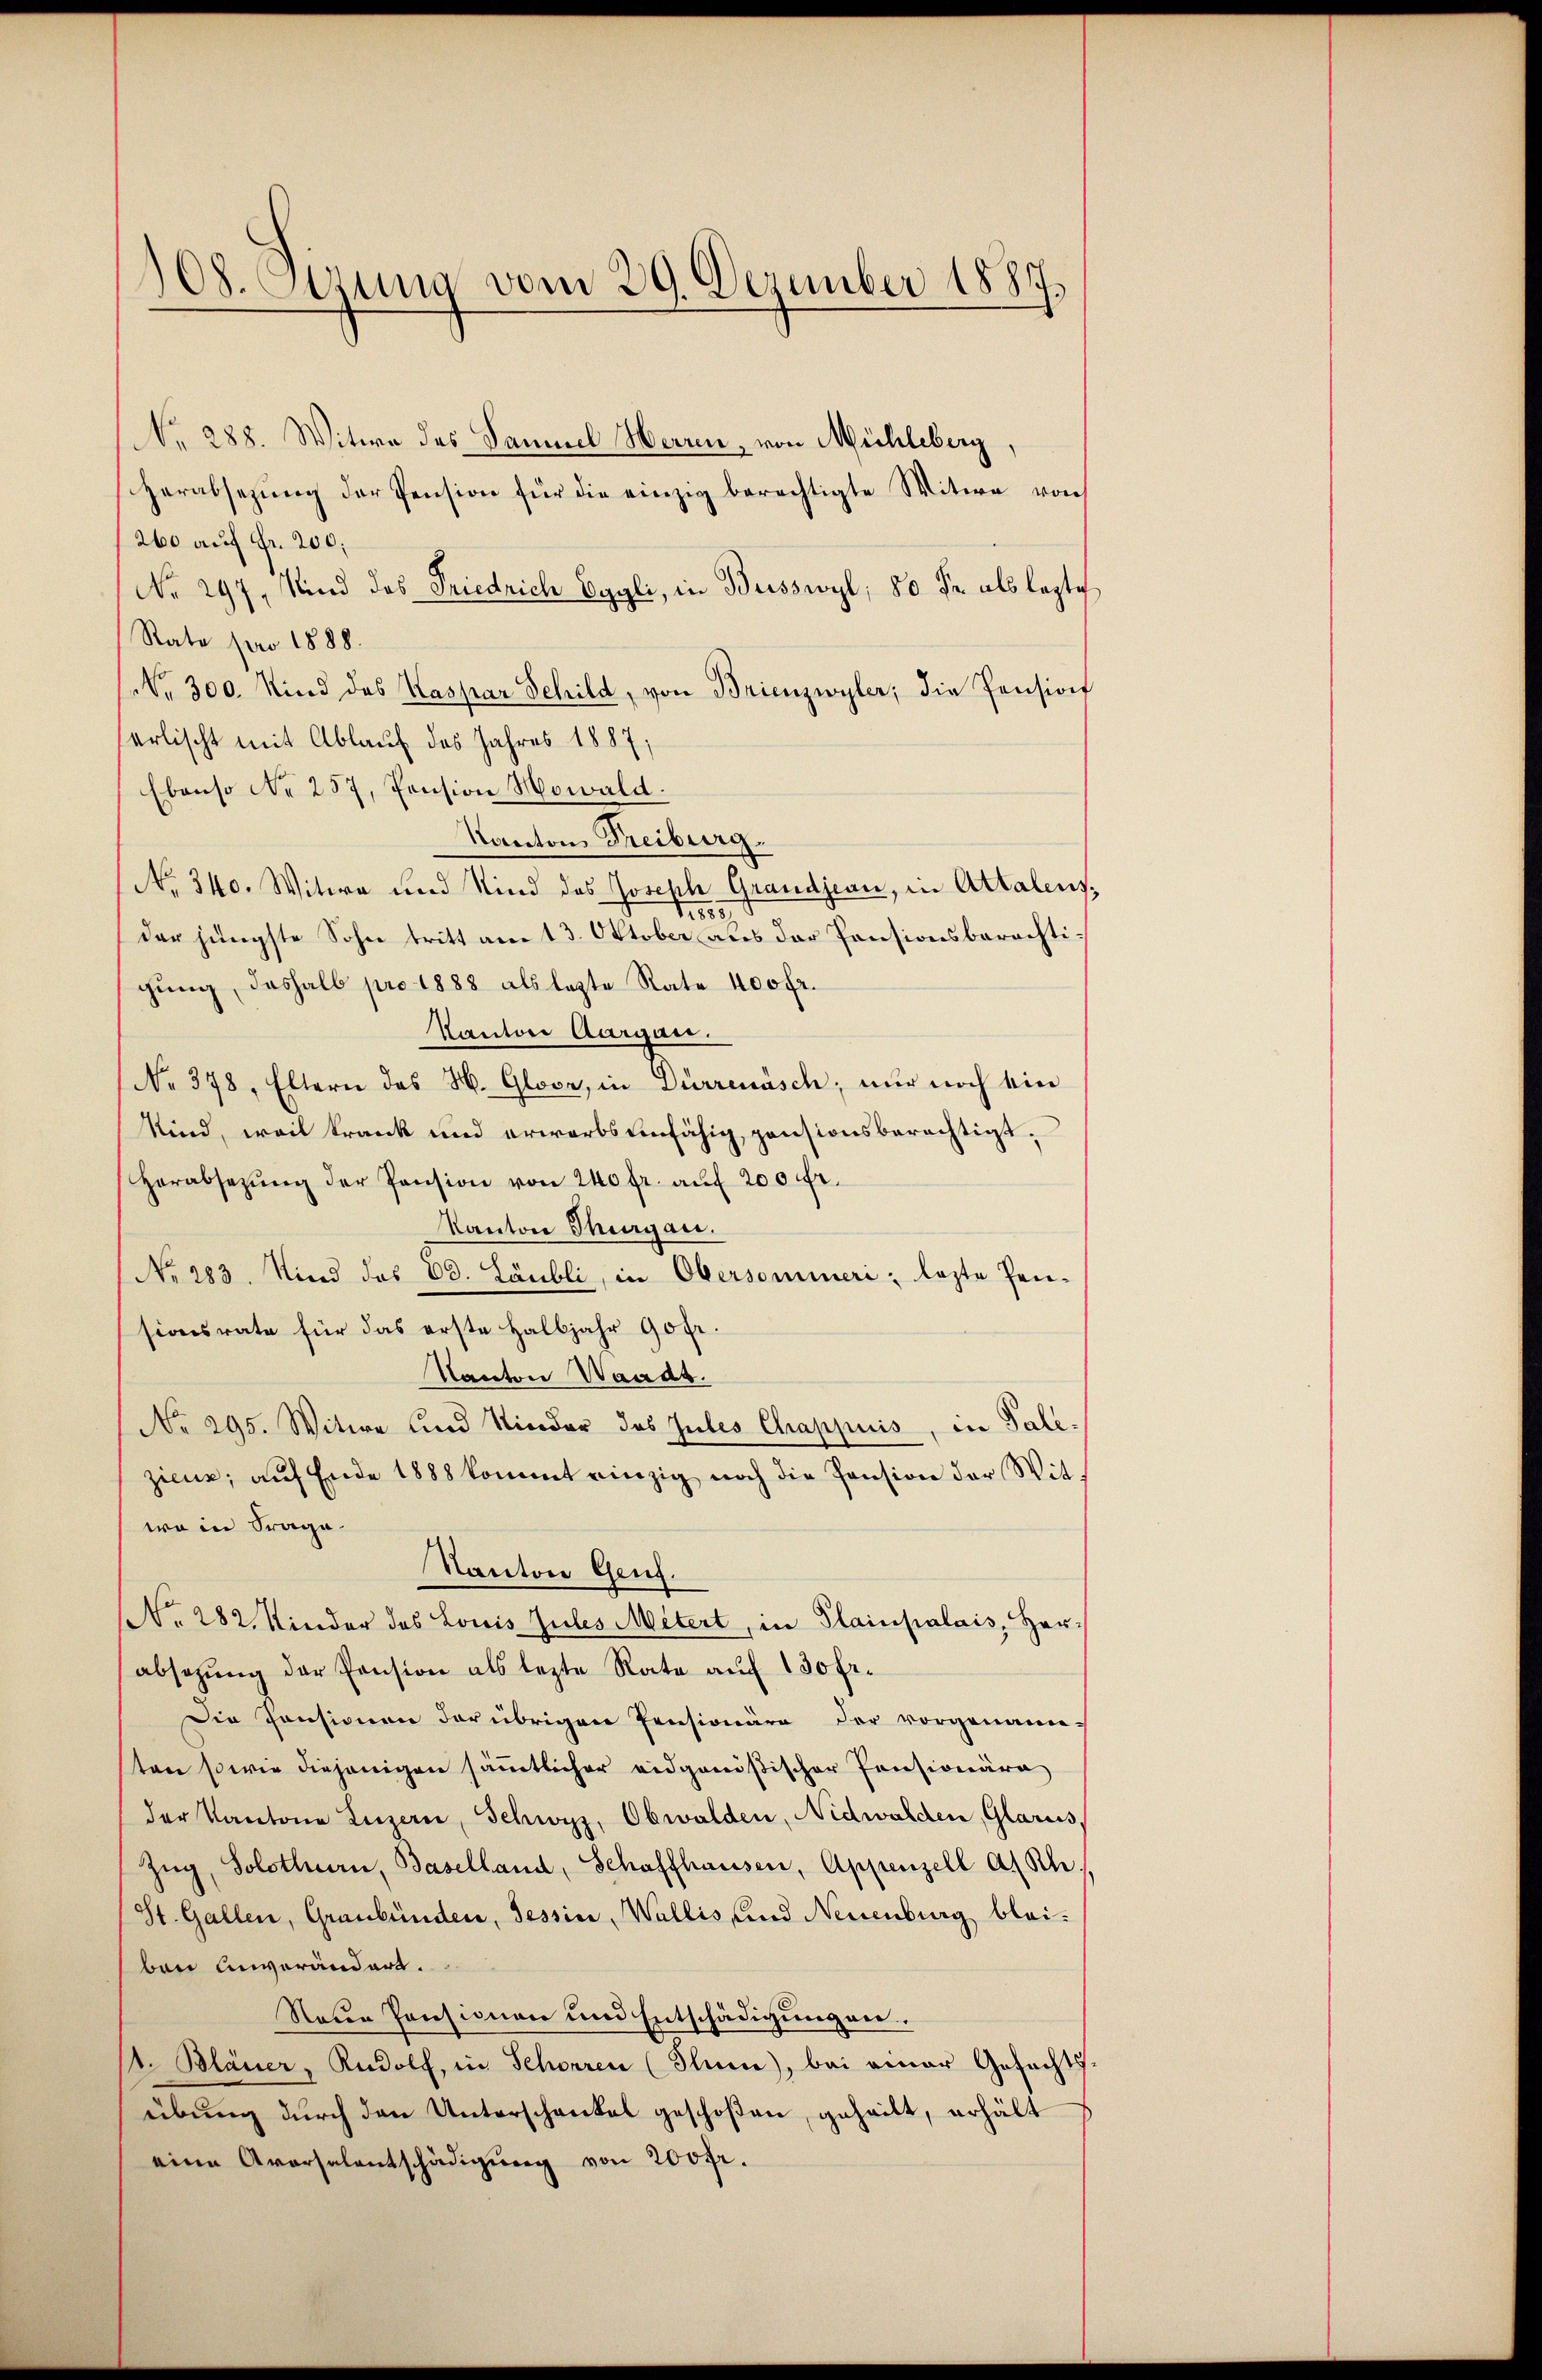
108. Szung vom 29. Dezember 1887

No. 288. Witwe des Samuel Herren, von Mühleberg,
herabsezung der Pension für die einzig berechtigte Witwe von
260 auf Fr. 200;
No 297, Kind des Friedrich Eggli, in Busswyl, 80 Fr. als lezte
Rate pro 1888.
No. 300. Kind des Kaspar Schild, von Brienzwyler; die Pension
erlischt mit Ablauf des Jahres 1887;
Ebenso No 257, Pension Mowald.
Kanton Freiburg.
No. 340. Witwe und Kind des Joseph Grandjean, in Attalens,
es
der jüngste Sohn tritt am 13. Oktober aus der Pensionsberechtigung, deshalb pro 1888 als lezte Rate 400 fr.
Kanton Aargau.
No. 378, Eltern des H. Glove, in Dürrenäsch; nur noch ein
Kind, weil krank und erwarbsunfähig, pensionsberechtigt.
Herabsetzŭng der Pension von 240 fr. auf 200 Fr.
Kanton Thurgau.
No. 283. Kind das Ed. Läubli, in Obersemineri; lezte Pensionsrate für das erste Halbjahr 90 fr.
Kanton Waadt.
No 295. Witwe und Nieder das Gutes Chappuis, in Palezieue; auf Ende 1888 kommt einzig noch die Pension der Witwo in Frage.
Kanton Genf.
NNo. 282. Kinder des Louis Zules Mitert, in Plainpalais, Herabsezung der Pension als lezte Rate auf 130 fr.
Die Consionen der übrigen Pensionäre der vorgenann-
ten sowie diejenigen sämmtlicher eidgenößischer Pensionära
der Kantone Luzern, Schwyz, Obwalden, Nidwalden, Glarus,
Zŭg, Solothurn, Baselland, Schaffhausen, Appenzell a. Sch
(St. Gallen, Graubünden, Tessin, Wallis und Neuenburg bleibene Unverändert.
Nauer Pensionen und Entschädigungen.
. Bläuer, Rudolf, in Schoren (Ilum), bei einer Gefechts
übung durch den Unterschankel geschoßen, geheilt, erhält
eine Aversalentschädigŭng von 200 fr.